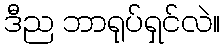
ဒီည ဘာရုပ်ရှင်လဲ။